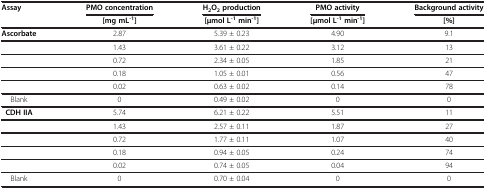
<table><thead><tr><td rowspan="2"><b>Assay</b></td><td><b>PMO concentration</b></td><td><b>H<sub>2</sub>O<sub>2</sub>production</b></td><td><b>PMO activity</b></td><td><b>Background activity</b></td></tr><tr><td><b>[mg mL<sup>-1</sup>]</b></td><td><b>[μmol L<sup>-1</sup>min<sup>-1</sup>]</b></td><td><b>[μmol L<sup>-1</sup>min<sup>-1</sup>]</b></td><td><b>[%]</b></td></tr></thead><tbody><tr><td><b>Ascorbate</b></td><td>2.87</td><td>5.39 ± 0.23</td><td>4.90</td><td>9.1</td></tr><tr><td> </td><td>1.43</td><td>3.61 ± 0.22</td><td>3.12</td><td>13</td></tr><tr><td> </td><td>0.72</td><td>2.34 ± 0.05</td><td>1.85</td><td>21</td></tr><tr><td> </td><td>0.18</td><td>1.05 ± 0.01</td><td>0.56</td><td>47</td></tr><tr><td> </td><td>0.02</td><td>0.63 ± 0.02</td><td>0.14</td><td>78</td></tr><tr><td>Blank</td><td>0</td><td>0.49 ± 0.02</td><td>0</td><td>0</td></tr><tr><td><b>CDH IIA</b></td><td>5.74</td><td>6.21 ± 0.22</td><td>5.51</td><td>11</td></tr><tr><td> </td><td>1.43</td><td>2.57 ± 0.11</td><td>1.87</td><td>27</td></tr><tr><td> </td><td>0.72</td><td>1.77 ± 0.11</td><td>1.07</td><td>40</td></tr><tr><td> </td><td>0.18</td><td>0.94 ± 0.05</td><td>0.24</td><td>74</td></tr><tr><td> </td><td>0.02</td><td>0.74 ± 0.05</td><td>0.04</td><td>94</td></tr><tr><td>Blank</td><td>0</td><td>0.70 ± 0.04</td><td>0</td><td>0</td></tr></tbody></table>